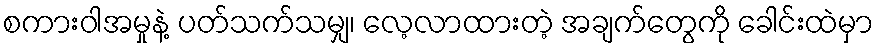
စကားဝါအမှုနဲ့ ပတ်သက်သမျှ၊ လေ့လာထားတဲ့ အချက်တွေကို ခေါင်းထဲမှာ